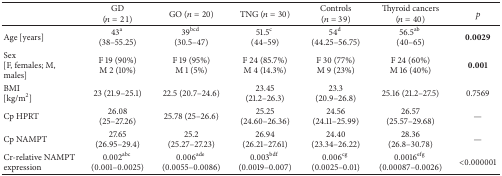
<table><thead><tr><td><b> </b></td><td><b>GD (<i>n</i> = 21)</b></td><td><b>GO (<i>n</i> = 20)</b></td><td><b>TNG (<i>n</i> = 30)</b></td><td><b>Controls (<i>n</i> = 39)</b></td><td><b>Thyroid cancers (<i>n</i> = 40)</b></td><td><b><i>p</i></b></td></tr></thead><tbody><tr><td>Age [years]</td><td>43<sup>a</sup> (38–55.25)</td><td>39<sup>bcd</sup> (30.5–47)</td><td>51.5<sup>c</sup> (44–59)</td><td>54<sup>d</sup> (44.25–56.75)</td><td>56.5<sup>ab</sup> (40–65)</td><td><b>0.0029</b></td></tr><tr><td>Sex [F, females; M, males]</td><td>F 19 (90%)M 2 (10%)</td><td>F 19 (95%)M 1 (5%)</td><td>F 24 (85.7%)M 4 (14.3%)</td><td>F 30 (77%)M 9 (23%)</td><td>F 24 (60%)M 16 (40%)</td><td><b>0.001</b></td></tr><tr><td>BMI [kg/m<sup>2</sup>]</td><td>23 (21.9–25.1)</td><td>22.5 (20.7–24.6)</td><td>23.45 (21.2–26.3)</td><td>23.3 (20.9–26.8)</td><td>25.16 (21.2–27.5)</td><td>0.7569</td></tr><tr><td>Cp HPRT</td><td>26.08 (25–27.26)</td><td>25.78 (25–26.6)</td><td>25.25 (24.60–26.36)</td><td>24.56 (24.11–25.99)</td><td>26.57 (25.57–29.68)</td><td>—</td></tr><tr><td>Cp NAMPT</td><td> 27.65 (26.95–29.4)</td><td>25.2 (25.27–27.23)</td><td>26.94 (26.21–27.61)</td><td>24.40 (23.34–26.22)</td><td>28.36 (26.8–30.78)</td><td>—</td></tr><tr><td>Cr-relative NAMPT expression</td><td>0.002<sup>abc</sup> (0.001–0.0025)</td><td>0.006<sup>ade</sup> (0.0055–0.0086)</td><td>0.003<sup>bdf</sup> (0.0019–0.007)</td><td>0.006<sup>cg</sup> (0.0025–0.01)</td><td>0.0016<sup>efg</sup> (0.00087–0.0026)</td><td>&lt;0.000001</td></tr></tbody></table>